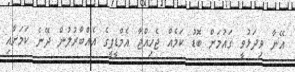
އޭނާ ވިދަޅުވީ ގައުމަށް ބޮޑު ކަމެއް ޖެހިއްޖާ އެމްޑީޕީގެ އެއްބާރުލުން ދޭނެ ކަމަށާއި